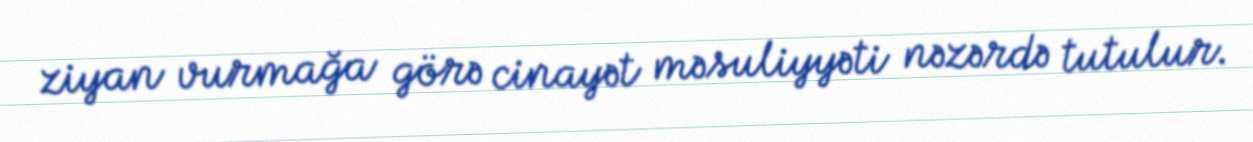
ziyan vurmağa görə cinayət məsuliyyəti nəzərdə tutulur.